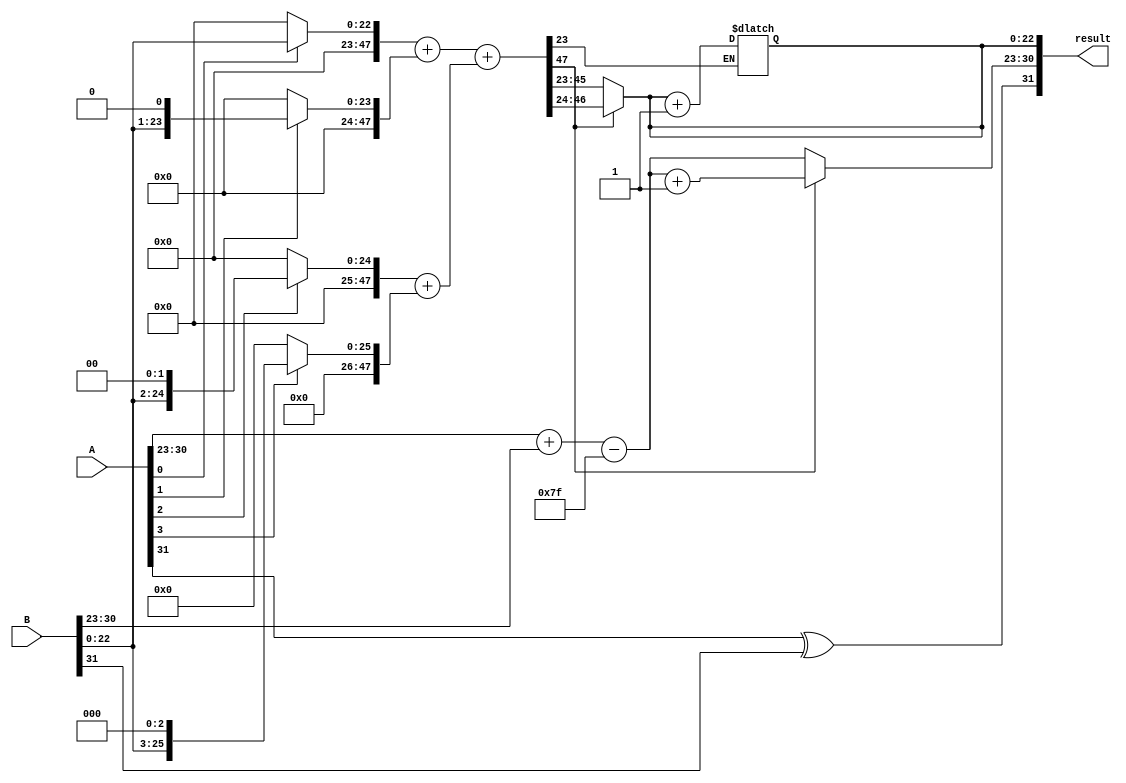
module FloatingPointWallaceTreeMultiplier (
    input [31:0] A, // Input A (32-bit single precision)
    input [31:0] B, // Input B (32-bit single precision)
    output reg [31:0] result // Output result (32-bit single precision)
);

    // IEEE 754 components
    wire signA = A[31];
    wire signB = B[31];
    wire [7:0] expA = A[30:23];
    wire [7:0] expB = B[30:23];
    wire [22:0] mantA = A[22:0];
    wire [22:0] mantB = B[22:0];

    // Sign calculation
    wire result_sign = signA ^ signB;

    // Exponent calculation
    wire [8:0] exp_sum = {1'b0, expA} + {1'b0, expB} - 8'd127; // Subtract bias

    // Mantissa multiplication
    wire [47:0] mant_product = {1'b1, mantA} * {1'b1, mantB}; // Implicit leading 1

    // Wallace tree reduction (simplified)
    wire [47:0] partial_products [0:22]; // Store partial products
    genvar i;
    generate
        for (i = 0; i < 23; i = i + 1) begin : gen_partial_products
            assign partial_products[i] = mantA[i] ? {1'b0, mantB} << i : 48'b0;
        end
    endgenerate

    // Wallace tree reduction logic (simplified)
    wire [47:0] sum1, sum2, carry;
    // Here you would implement the Wallace tree logic to reduce the partial products
    // This is a placeholder for the actual Wallace tree logic
    assign sum1 = partial_products[0] + partial_products[1]; // Example addition
    assign sum2 = partial_products[2] + partial_products[3]; // Example addition
    assign carry = sum1 + sum2; // Example carry

    // Normalization (simplified)
    reg [22:0] normalized_mant;
    reg [7:0] normalized_exp;
    always @(*) begin
        if (carry[47]) begin
            normalized_mant = carry[46:24]; // Shift right
            normalized_exp = exp_sum + 1;
        end else begin
            normalized_mant = carry[45:23]; // No shift
            normalized_exp = exp_sum;
        end
    end

    // Rounding (simplified)
    wire round_bit = carry[23]; // Example rounding bit
    always @(*) begin
        if (round_bit) begin
            normalized_mant = normalized_mant + 1; // Simple rounding
        end
    end

    // Output construction
    always @(*) begin
        result = {result_sign, normalized_exp, normalized_mant};
    end

endmodule